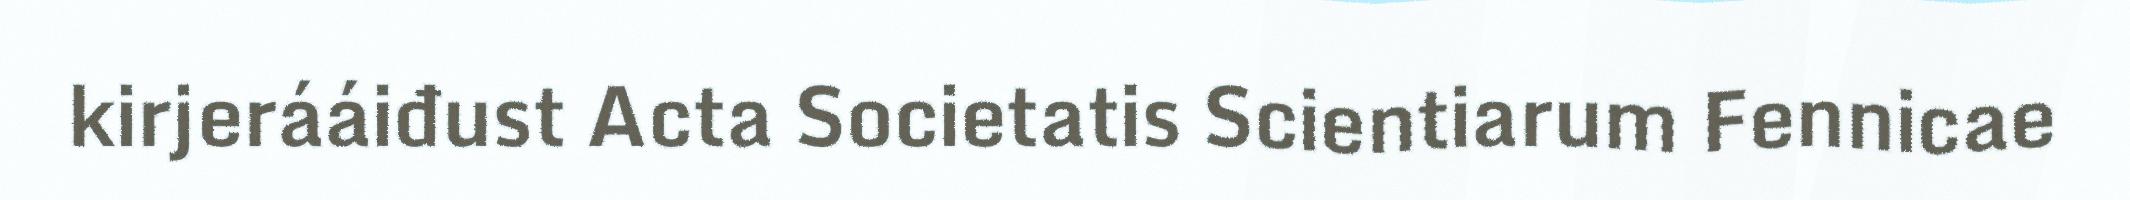
kirjerááiđust Acta Societatis Scientiarum Fennicae